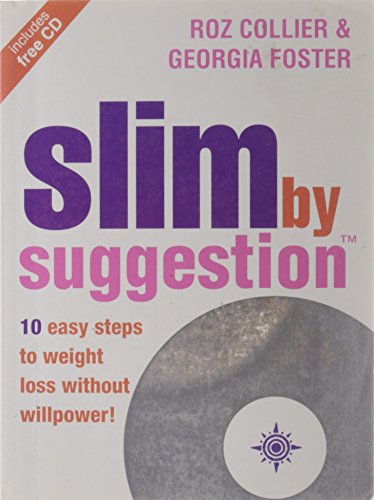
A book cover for Slim by Suggestion: 10 Easy Steps to Weight Loss Without Willpower!; Roz Collier; Health, Fitness & Dieting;